Report of the Indian Hemp Drugs Commission, 1894-1895 - Volume VI
Year: 1894
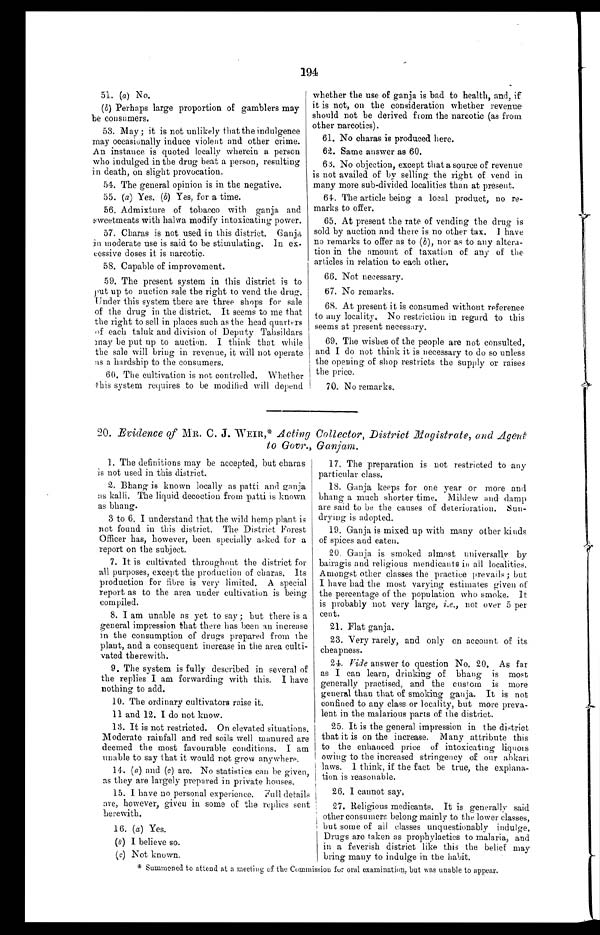
194
51. (a) No.
(b) Perhaps large proportion of gamblers may
be consumers.
53. May ; it is not unlikely that the indulgence
may occasionally induce violent and other crime.
An instance is quoted locally wherein a person
who indulged in the drug beat a person, resulting
in death, on slight provocation.
54. The general opinion is in the negative.
55. (a) Yes. (b) Yes, for a time.
56. Admixture of tobacco with ganja and
sweetmeats with halwa modify intoxicating power.
57. Charas is not used in this district. Ganja
in moderate use is said to be stimulating, In ex--
cessive doses it is narcotic.
58. Capable of improvement.
59. The present system in this district is to
put up to auction sale the right to vend the drug.
Under this system there are three shops for sale
of the drug in the district. It seems to me that
the right to sell in places such as the head quarters
of each taluk and division of Deputy Tahsildars
may be put up to auction. I think that while
the sale will bring in revenue, it will not operate
as a hardship to the consumers.
60. The cultivation is not controlled. Whether
this system requires to be modified will depend
whether the use of ganja is bad to health, and, if
it is not, on the consideration whether revenue
should not be derived from the narcotic (as from
other narcotics).
61. No charas is produced here.
62. Same answer as 60.
63. No objection, except that a source of revenue
is not availed of by selling the right of vend in
many more sub-divided localities than at present.
64. The article being a local product, no re-
marks to offer.
65. At present the rate of vending the drug is
sold by auction and there is no other tax. I have
no remarks to offer as to (b), nor as to any altera--
tion in the amount of taxation of any of the
articles in relation to each other.
66. Not necessary.
67. No remarks.
68.
At present it is consumed without reference
to any locality. No restriction in regard to this
seems at present necessary.
69.
The wishes of the people are not consulted,
and I do not think it is necessary to do so unless
the opening of shop restricts the supply or raises
the price.
70. No remarks.
20. Evidence of MR. C. J. WEIR,* Acting Collector, District Magistrate, and Agent
to Govr., Ganjam.
1. The definitions may be accepted, but charas
is not used in this district.
2.
Bhang is known locally as patti and ganja
a s k a l l i . T h e l i q u i d d e c o c t i o n f r o m p a t t i i s k n o w n
as bhang.
3 t o 6 . I u n d e r s t a n d t h a t t h e w i l d h e m p p l a n t i s
not found in this district. The District Forest
Officer has, however, been specially asked for a
report on the subject.
7. It is cultivated throughout the district for
all purposes, except the production of charas. Its
production for fibre is very limited. A special
report as to the area under cultivation is being
compiled.
8. I am unable as yet to say; but there is a
general impression that there has been an increase
in the consumption of drugs prepared from the
plant, and a consequent increase in the area culti-
vated therewith.
9. The system is fully described in several of
the replies I am forwarding with this. I have
nothing to add.
10. The ordinary cultivators raise it.
11.
and 12. I do not know.
13. It is not restricted. On elevated situations.
Moderate rainfall and red soils well manured are
deemed the most favourable conditions. I am
unable to say that it would not grow anywhere.
14. (a) and (c) are. No statistics can be given,
as they are largely prepared in private houses.
15. I have no personal experience. Full details
are, however, given in some of the replies sent
herewith.
16. (a) Yes.
(b) I believe so.
(c) Not known.
17. The preparation is not restricted to any
particular class.
18. Ganja keeps for one year or more and
bhang a much shorter time. Mildew and damp
are said to be the causes of deterioration. Sun-
drying is adopted.
19. Ganja is mixed up with many other kinds
of spices and eaten.
12. Ganja is smoked almost universally by
bairagis and religious mendicants in all localities.
Amongst other classes the practice prevails ; but
I have had the most varying estimates given of
the percentage of the population who smoke. It
is probably not very large, i.e., not over 5 per
cent.
13. Flat ganja.
23. Very rarely, and only on account of its
cheapness.
24.
Vide answer to question No. 20. As far
as I can learn, drinking of bhang is most
generally practised, and the custom is more
general than that of smoking ganja. It is not
confined to any class or locality, but more preva-
lent in the malarious parts of the district.
25. It is the general impression in the district
that it is on the increase. Many attribute this
to the enhanced price of intoxicating liquors
owing to the increased stringency of our abkari
laws. I think, if the fact be true, the explana-
tion is reasonable.
26. I cannot say.
27. Religious medicants. It is generally said
other consumers belong mainly to the lower classes,
but some of all classes unquestionably indulge.
Drugs are taken as prophylactics to malaria, and
in a feverish district like this the belief may
bring many to indulge in the habit
. * S u m m o n e d t o a t t e n d a t a m e e t i n g o f t h e C o m m i s s i o n f o r o r a l e x a m i n a t i o n , b u t w a s u n a b l e t o a p p e a r .